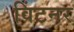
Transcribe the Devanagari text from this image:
विंटनर